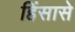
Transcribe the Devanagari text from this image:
हिंसासे